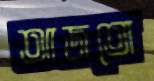
আজতো